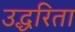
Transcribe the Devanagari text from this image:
उद्धरिता